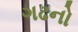
ગઢનો